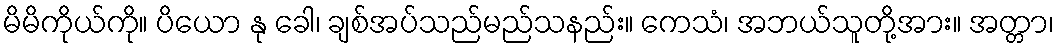
မိမိကိုယ်ကို။ ပိယော နု ခေါ၊ ချစ်အပ်သည်မည်သနည်း။ ကေသံ၊ အဘယ်သူတို့အား။ အတ္တာ၊